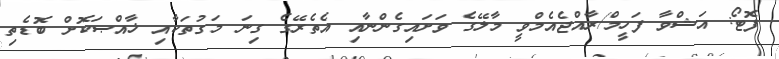
ފޮޓޯ: އަޝްވާ ފަހީމް/ރާއްޖެއެމްވީ މާލޭގެ ވަށައިގެންނާއި އެތެރޭގެ ގިނަ މަގުތަކާއި ޚާއްޞަކޮށް ބޮޑެތި